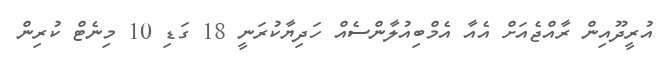
އުރީދޫއިން ރާއްޖެއަށް އެއާ އެމްބިއުލާންސެއް ހަދިޔާކުރަނީ 18 ގަޑި 10 މިނެޓް ކުރިން